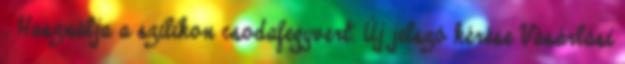
. Használja a szilikon csodafegyvert. Új jelszó kérése Vásárlási